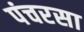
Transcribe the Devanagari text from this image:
पंचरसा